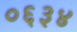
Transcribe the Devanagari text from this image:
०६३४